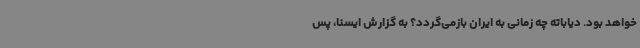
خواهد بود. دیاباته چه زمانی به ایران بازمی‌گردد؟ به گزارش ایسنا، پس